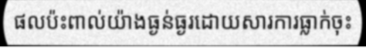
ផលប៉ះពាល់យ៉ាងធ្ងន់ធ្ងរដោយសារការធ្លាក់ចុះ